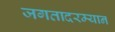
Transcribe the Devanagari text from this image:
जगतादरम्यान